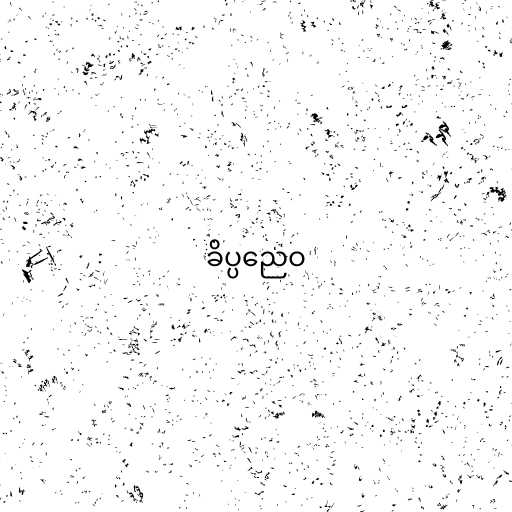
ခိပ္ပညေဝ